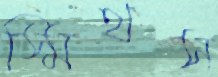
স্মিথস